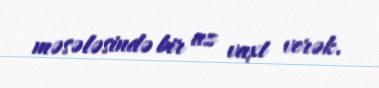
məsələsində bir az vaxt verək.